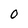
Character: 0